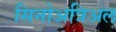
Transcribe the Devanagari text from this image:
सिनोअत्रिअल